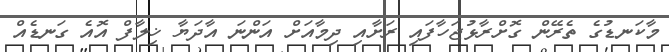
މާކަނޑުގެ ތެރޭން ގޮށްރާޅުޖަހާފައި ރަށާއި ދިމާއަށް އަންނަ އާދަޔާ ޚިލާފް އޮއެ ގަނޑެއް